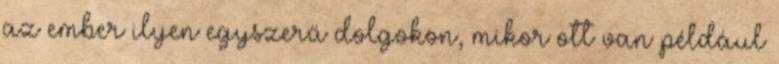
az ember ilyen egyszerű dolgokon, mikor ott van például